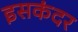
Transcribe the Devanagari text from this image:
इसकंदर